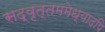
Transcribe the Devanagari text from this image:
सद्‌वृत्तममेध्यादपि